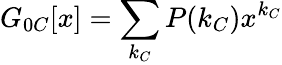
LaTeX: G_{0C}[x]=\sum_{k_{C}}P(k_{C})x^{k_{C}}